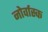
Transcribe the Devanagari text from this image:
नोर्वास्क